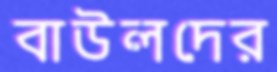
বাউলদের